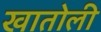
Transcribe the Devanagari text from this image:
खातोली